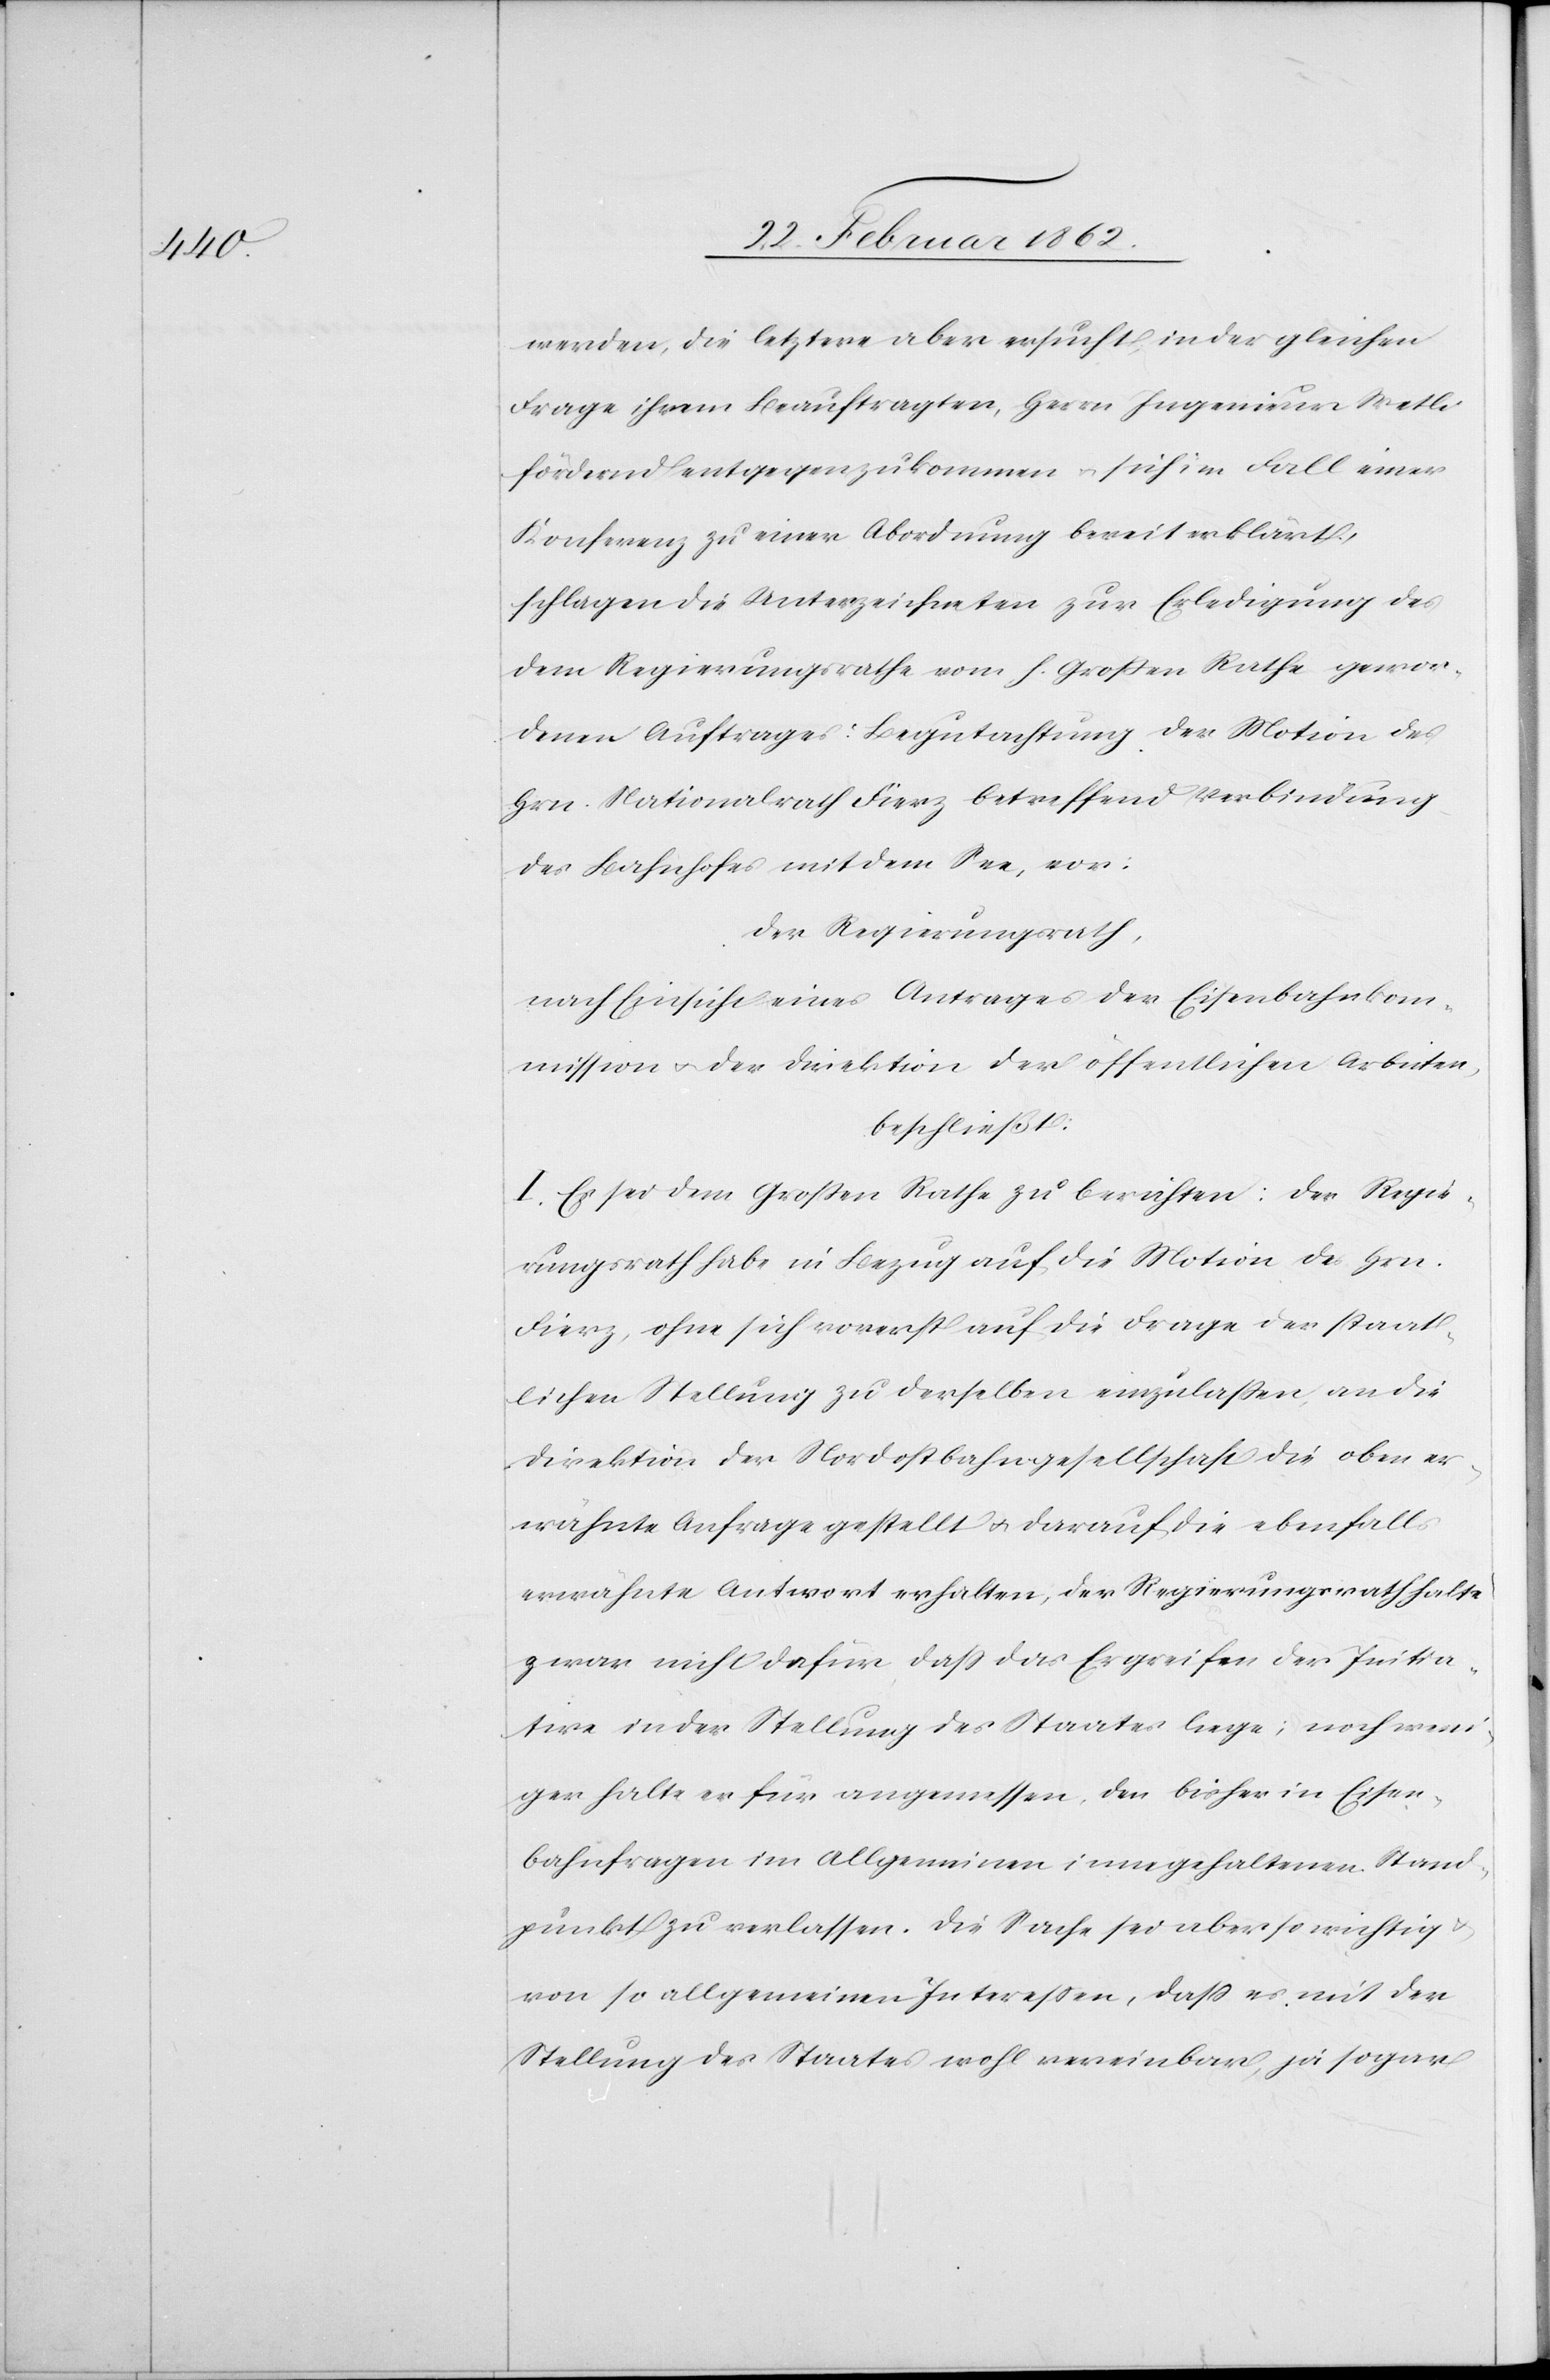
werden, die letztere aber ersucht, in der gleichen
Frage ihrem Beauftragten, Herrn Ingenieur Wetli
fördernd entgegenzukommen u. sich im Fall einer
Konferenz zu einer Abordnung bereit erklärt,
schlagen die Unterzeichneten zur Erledigung des
dem Regierungsrathe vom h. Großen Rathe gewor¬
denen Auftrages: Begutachtung der Motion des
Hrn. Nationalrath Fierz betreffend Verbindung
des Bahnhofes mit dem See, vor:
Der Regierungsrath,
nach Einsicht eines Antrages der Eisenbahnkom¬
mission u. der Direktion der öffentlichen Arbeiten,
beschließt:
I. Es sei dem Großen Rathe zu berichten: Der Regie¬
rungsrath habe in Bezug auf die Motion des Hrn.
Fierz, ohne sich vorerst auf die Frage der staat¬
lichen Stellung zu derselben einzulaßen, an die
Direktion der Nordostbahngesellschaft die oben er¬
wähnte Anfrage gestellt u. darauf die ebenfalls
erwähnte Antwort erhalten, der Regierungsrath halte
zwar nicht dafür, daß das Ergreifen der Initia¬
tive in der Stellung des Staates liege; noch weni¬
ger halte er für angemessen, den bisher in Eisen¬
bahnfragen im Allgemeinen inne gehaltenen Stand¬
punkt zu verlassen. Die Sache sei aber so wichtig
von so allgemeinen Intereßen, daß es mit der
Stellung des Staates wohl vereinbar, ja sogar